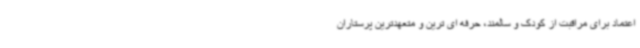
اعتماد برای مراقبت از کودک و سالمند، حرفه ای ترین و متعهدترین پرستاران